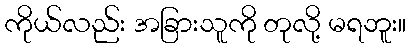
ကိုယ်လည်း အခြားသူကို တုလို့ မရဘူး။